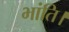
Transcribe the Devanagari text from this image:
भांति।